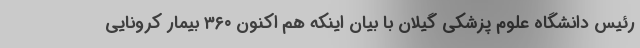
رئیس دانشگاه علوم پزشکی گیلان با بیان اینکه هم اکنون ۳۶۰ بیمار کرونایی